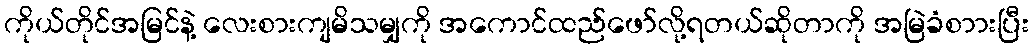
ကိုယ်တိုင်အမြင်နဲ့ လေးစားကျမိသမျှကို အကောင်ထည်ဖော်လို့ရတယ်ဆိုတာကို အမြဲခံစာားပြီး